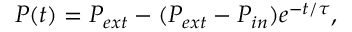
P ( t ) = P _ { e x t } - ( P _ { e x t } - P _ { i n } ) e ^ { - t / \tau } ,